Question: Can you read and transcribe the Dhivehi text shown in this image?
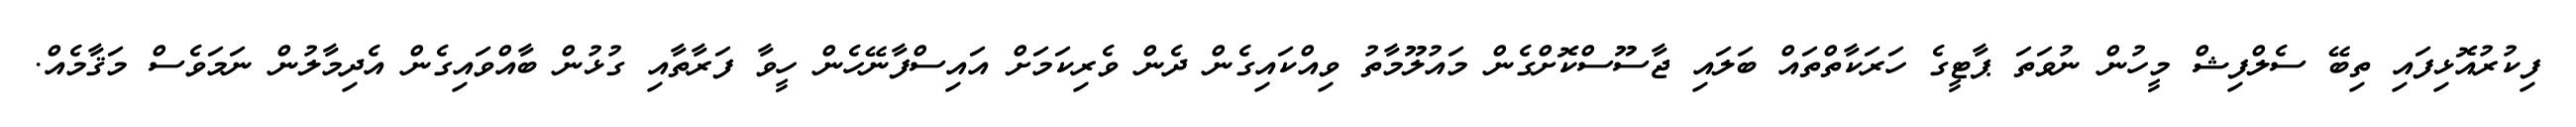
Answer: ފިކުރުއޮޅިފައި ތިބޭ ސެލްފިޝް މީހުން ނުވަތަ ޕާޓީގެ ހަރަކާތްތައް ބަލައި ޖާސޫސްކޮށްގެން މައުލޫމާތު ވިއްކައިގެން ދެން ވެރިކަމަށް އައިސްފާނޭހެން ހީވާ ފަރާތާއި ގުޅުން ބާއްވައިގެން އެދިމާލުން ނަމަވެސް މަޤާމެއް.